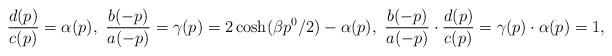
LaTeX: \begin{align*}\frac{d(p)}{c(p)}=\alpha(p), \ \frac{b(-p)}{a(-p)}=\gamma(p)=2\cosh(\beta p^0/2)-\alpha(p), \ \frac{b(-p)}{a(-p)}\cdot \frac{d(p)}{c(p)}=\gamma(p)\cdot \alpha(p)=1,\end{align*}